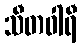
သီတဝါရီ